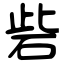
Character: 砦